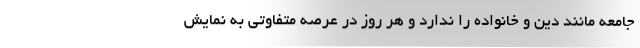
جامعه مانند دین و خانواده را ندارد و هر روز در عرصه متفاوتی به نمایش